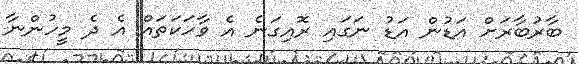
ބާރުބާރަށް އަޑުން އަޑު ނަގައި ރޮއިގަނެ އެ ވާހަކަތައް އެ ދެ މީހުންނާ